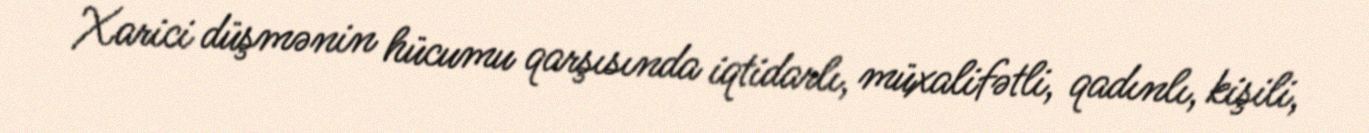
Xarici düşmənin hücumu qarşısında iqtidarlı, müxalifətli, qadınlı, kişili,